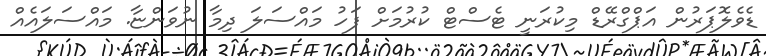
ޑެވެލޮޕަރުން އަޕްގްރޭޑް މިކުރަނީ ޓެސްޓް ކުރުމަށް ފަހު މައްސަލަ ދިމާ ނުވަންޏާ. މައްސަލައެއް